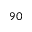
9 0